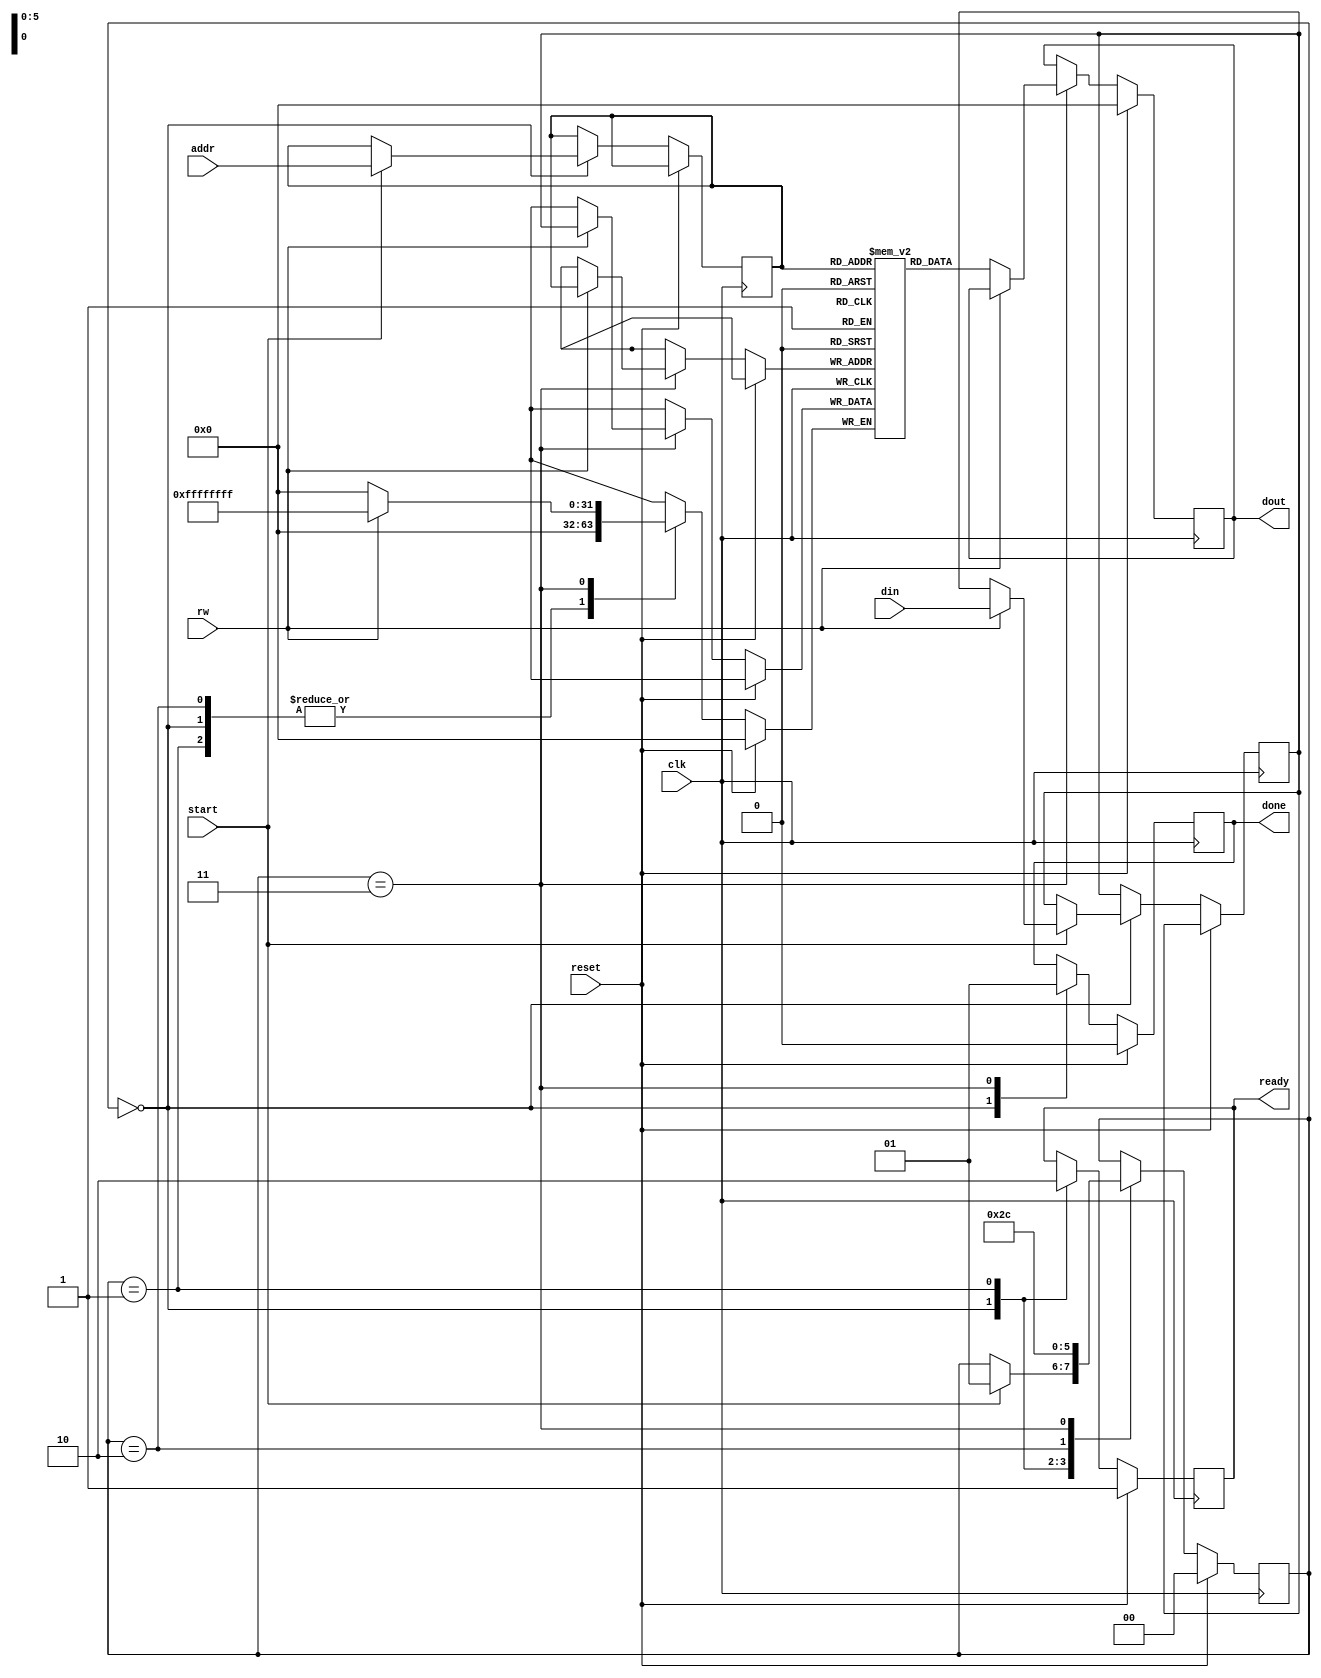
module mem_bank(dout,ready,done,din,addr,rw,start,clk,reset);
output reg [31:0]dout;
output reg ready,done;
input [31:0]din;
input [5:0]addr;
input rw,start,clk,reset;

reg [31:0]mem[0:63];
reg [31:0]din_reg;
reg [5:0]addr_reg;

localparam idle=2'd0,phase1=2'd1,phase2=2'd2,phase3=2'd3;
reg [1:0]ps;

always @(posedge clk)
begin
if(reset)
begin
dout<=32'd0;
ready<=1'd1;
done<=1'd0;
ps<=idle;
end
else
begin
case(ps)

idle:
begin
ready<=1'd1;
done<=1'd0;
if(start)
begin
if(rw)
din_reg<=din;
addr_reg<=addr;
ps<=phase1;
end
end

phase1:
begin
ready<=1'd0;
ps<=phase2;
end

phase2:
ps<=phase3;

phase3:
begin
if(rw)
mem[addr_reg]<=din_reg;
else
dout<=mem[addr_reg];
done<=1'd1;
ps<=idle;
end

endcase
$display("%d %d %d %d %d %d %d %d",mem[0],mem[1],mem[2],mem[3],mem[4],mem[5],mem[6],mem[7]);
end
end

initial
begin
mem[0]<=32'd0;
mem[1]<=32'd0;
mem[2]<=32'd0;
mem[3]<=32'd0;
mem[4]<=32'd0;
mem[5]<=32'd0;
mem[6]<=32'd0;
mem[7]<=32'd0;
end

endmodule